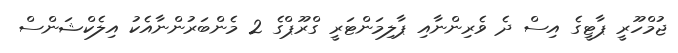
ޖުމްހޫރީ ޕާޓީގެ އިސް ދެ ވެރިންނާއި ޕާލިމަންޓަރީ ގްރޫޕްގެ 2 މެންބަރުންނާއެކު އިލެކްޝަންސް